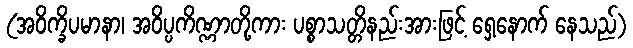
(အဝိက္ခိပမာနာ၊ အဝိပ္ပကိဏ္ဏာတို့ကား ပစ္စာသတ္တိနည်းအားဖြင့် ရှေ့နောက် နေသည်)